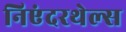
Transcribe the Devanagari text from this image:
निएंदरथेल्स